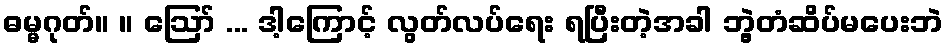
ဓမ္မဂုတ်။ ။ ဪ ... ဒါ့ကြောင့် လွတ်လပ်ရေး ရပြီးတဲ့အခါ ဘွဲ့တံဆိပ်မပေးဘဲ